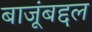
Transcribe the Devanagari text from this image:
बाजूंबद्दल